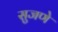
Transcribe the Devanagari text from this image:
सुजणे